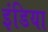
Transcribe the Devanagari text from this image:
इंडिया